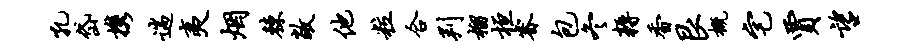
孔岱携遄夷烟棘敞他粒合判榴桓睿包冬耨香艮概宅贾望